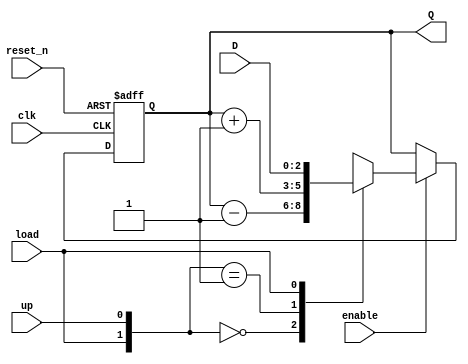
`timescale 1ns / 1ps

module udl_counter
    #(parameter BITS = 3)(
    input clk,
    input reset_n,
    input enable,
    input up,
    input load,
    input [BITS - 1:0] D,
    output [BITS - 1:0] Q
    );
    
    reg [BITS - 1:0] Q_reg, Q_next;
    
    always @(posedge clk, negedge reset_n)
    begin
        if (~reset_n)
            Q_reg <= 'b0;
        else if(enable)
            Q_reg <= Q_next;
        else
            Q_reg <= Q_reg;
    end
    
    // Next state logic
    always @(Q_reg, up, load, D)
    begin
        Q_next = Q_reg;
        casex({load,up})
            2'b00: Q_next = Q_reg - 1;
            2'b01: Q_next = Q_reg + 1;
            2'b1x: Q_next = D;
            default: Q_next = Q_reg;
        endcase
        
    end
    
    // Output logic
    assign Q = Q_reg;
endmodule